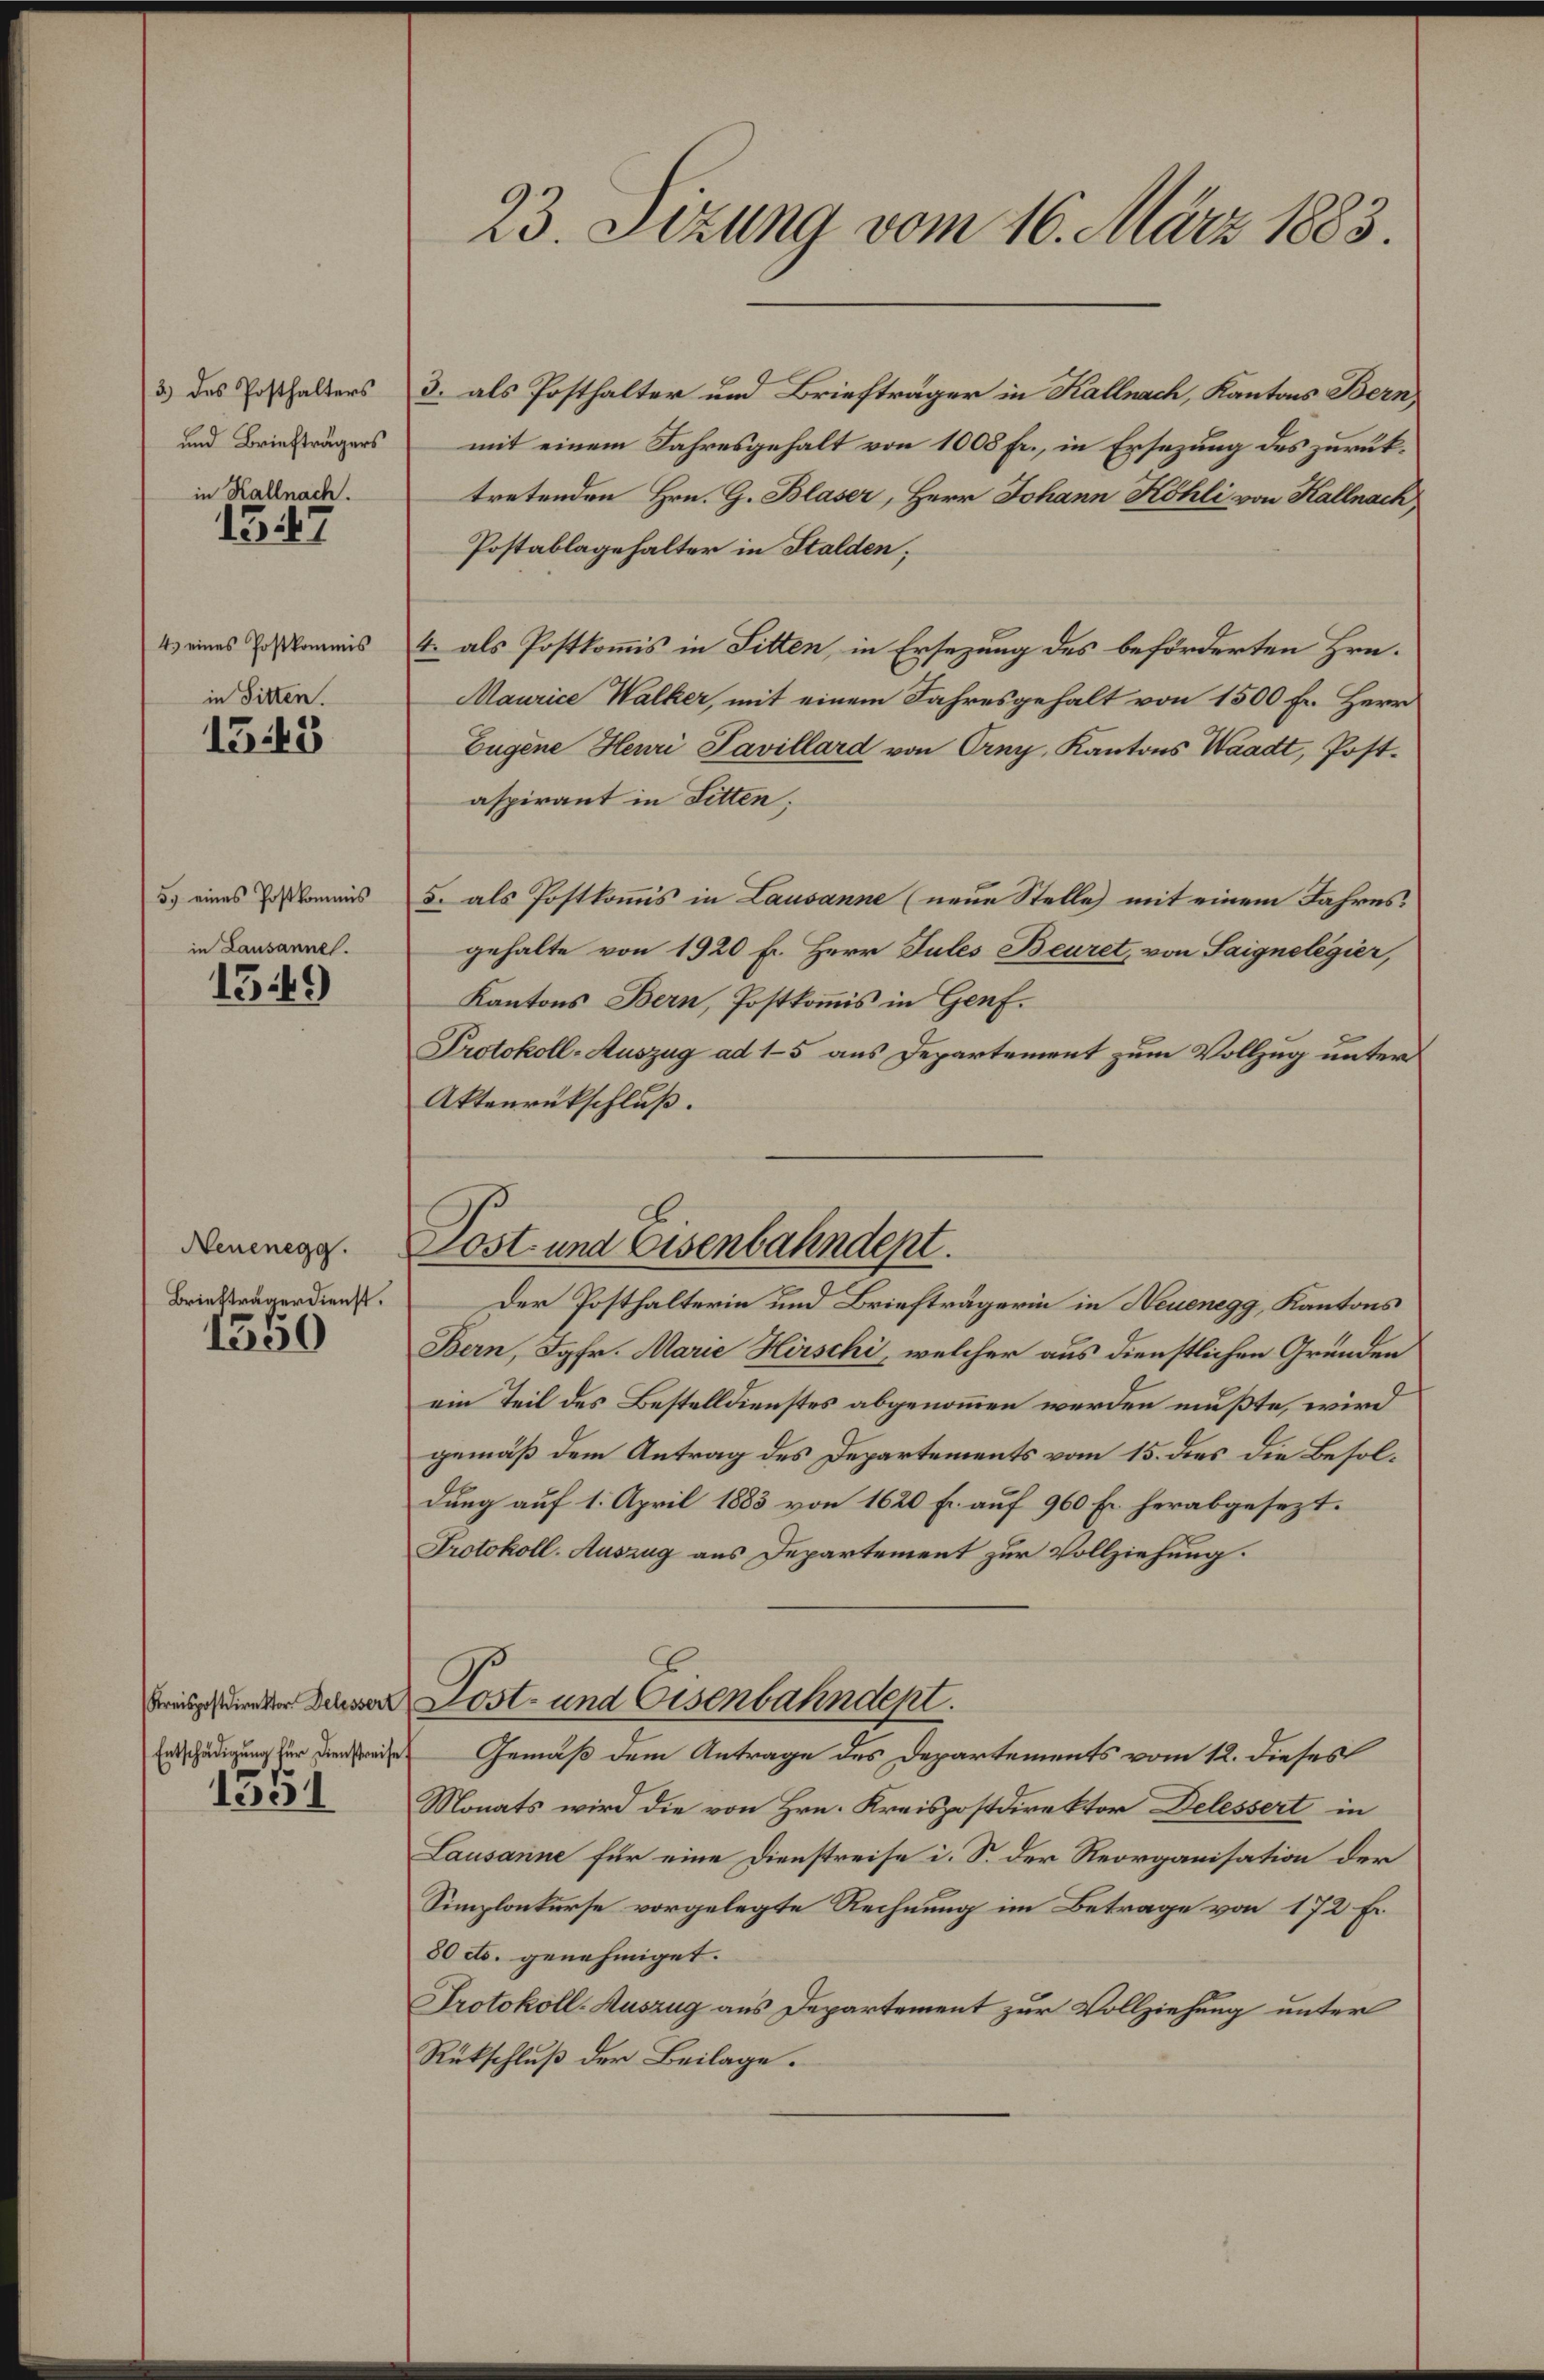
3) des Posthalters
und Briefträgers
in Hallnach.

1347

4.) eines Postkommis
in Sitten.

1545

5.) eines Postkommis
in Lausanne.

1549

Neuenegg.
Briefträgerdienst.

1550

Kreispostdirektor Delessert
Entschädigung für Dienstreise

1551

23. Sezung vom 16. März 1883.

3. als Posthalter und Briefträger in Kallnach, Kantons Bern
mit einem Jahresgehalt von 1008 Fr., in Ersezung des zurücktretenden Hrn. G. Blaser, Herr Johann Köhli von Kallnach,
Postablagehalter in Stalden;
4. als Postkommis in Sitten, in Ersezung des beförderten Hrn.
Maurice Walker, mit einem Jahresgehalt von 1500 Fr. Herr
Eugene Heuri Pavillard von Orny, Kantons Waadt, Postaspirant in Sitten;
5. als Postkommis in Lausanne (neue Stelle) mit einem Jahres.
gehalte von 1920 fl. Herr Jules Beuret, von Saignelegier,
Kantons Bern, Postkommis in Genf.
Protokoll-Auszug ad 15 aus Departement zum Vollzug unter
Aktenrückschluß.
Der Posthalterin und Briefträgerin in Neuenegg, Kantons
Bern, Jgfr. Marie Hirschi, welcher aus dienstlichen Gründen
ein Teil des Bestelldienstes abgenommen werden mußte, wird
gemäß dem Antrag des Departements vom 15. dies die Besoldung auf 1. April 1883 von 1620 Fr. auf 960 Fr. herabgesezt.
Protokoll-Auszug aus Departement zur Vollziehung.
Post- und Eisenbahndept.
Gemäß dem Antrage des Departements vom 12. dieses
Monats wird die von Hrn. Kreispostdirektor Delessert in
Lausanne für eine Dienstreise i. S. der Reorganisation der
Simplonkurse vorgelegte Rechnung im Betrage von 172 f.
80 cts. genehmiget.
Protokoll-Auszug aus Departement zur Vollziehung unter
Rückschluß der Beilage.

Post- und Eisenbahndept.